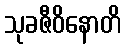
သုခဇီဝိနောတိ